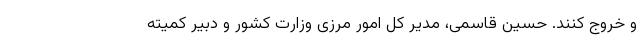
و خروج کنند. حسین قاسمی، مدیر کل امور مرزی وزارت کشور و دبیر کمیته